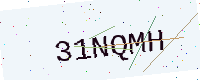
Text: 31NQMH